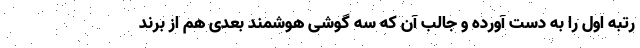
رتبه اول را به دست آورده و جالب آن که سه گوشی هوشمند بعدی هم از برند